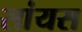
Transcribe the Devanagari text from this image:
सांयस